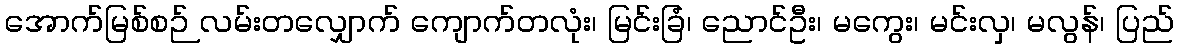
အောက်မြစ်စဉ် လမ်းတလျှောက် ကျောက်တလုံး၊ မြင်းခြံ၊ ညောင်ဦး၊ မကွေး၊ မင်းလှ၊ မလွန်၊ ပြည်